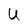
Character: U